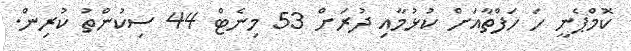
ކޮމްޕެނީ ހަ ހަފްތާއަށް ކުޅުމާއި ދުރަށް 53 މިނެޓް 44 ސިކުންތު ކުރިން.